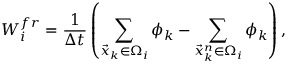
\boldsymbol { W } _ { i } ^ { f r } = \frac { 1 } { \Delta t } \left( \sum _ { \vec { x } _ { k } \in \Omega _ { i } } \boldsymbol { \phi } _ { k } - \sum _ { \vec { x } _ { k } ^ { n } \in \Omega _ { i } } \boldsymbol { \phi } _ { k } \right) ,